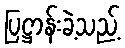
ပြဋ္ဌာန်းခဲ့သည့်